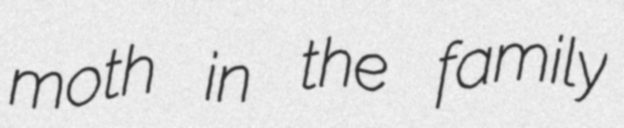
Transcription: moth in the family